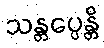
သန္တပ္ပေန္တိ